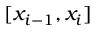
[ x _ { i - 1 } , x _ { i } ]